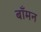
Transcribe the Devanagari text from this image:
बाँमन